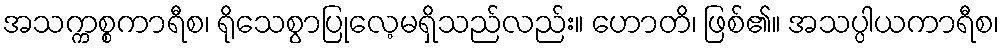
အသက္ကစ္စကာရီစ၊ ရိုသေစွာပြုလေ့မရှိသည်လည်း။ ဟောတိ၊ ဖြစ်၏။ အသပ္ပါယကာရီစ၊